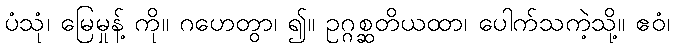
ပံသုံ၊ မြေမှုန့် ကို။ ဂဟေတွာ၊ ၍။ ဥဂ္ဂစ္ဆတိယထာ၊ ပေါက်သကဲ့သို့။ ဧဝံ၊